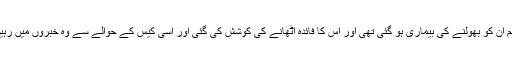
تاہم ان کو بھولنے کی بیماری ہو گئی تھی اور اس کا فائدہ اٹھانے کی کوشش کی گئی اور اسی کیس کے حوالے سے وہ خبروں میں رہیں۔